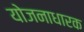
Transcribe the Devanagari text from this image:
योजनाधारक